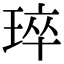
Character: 琗